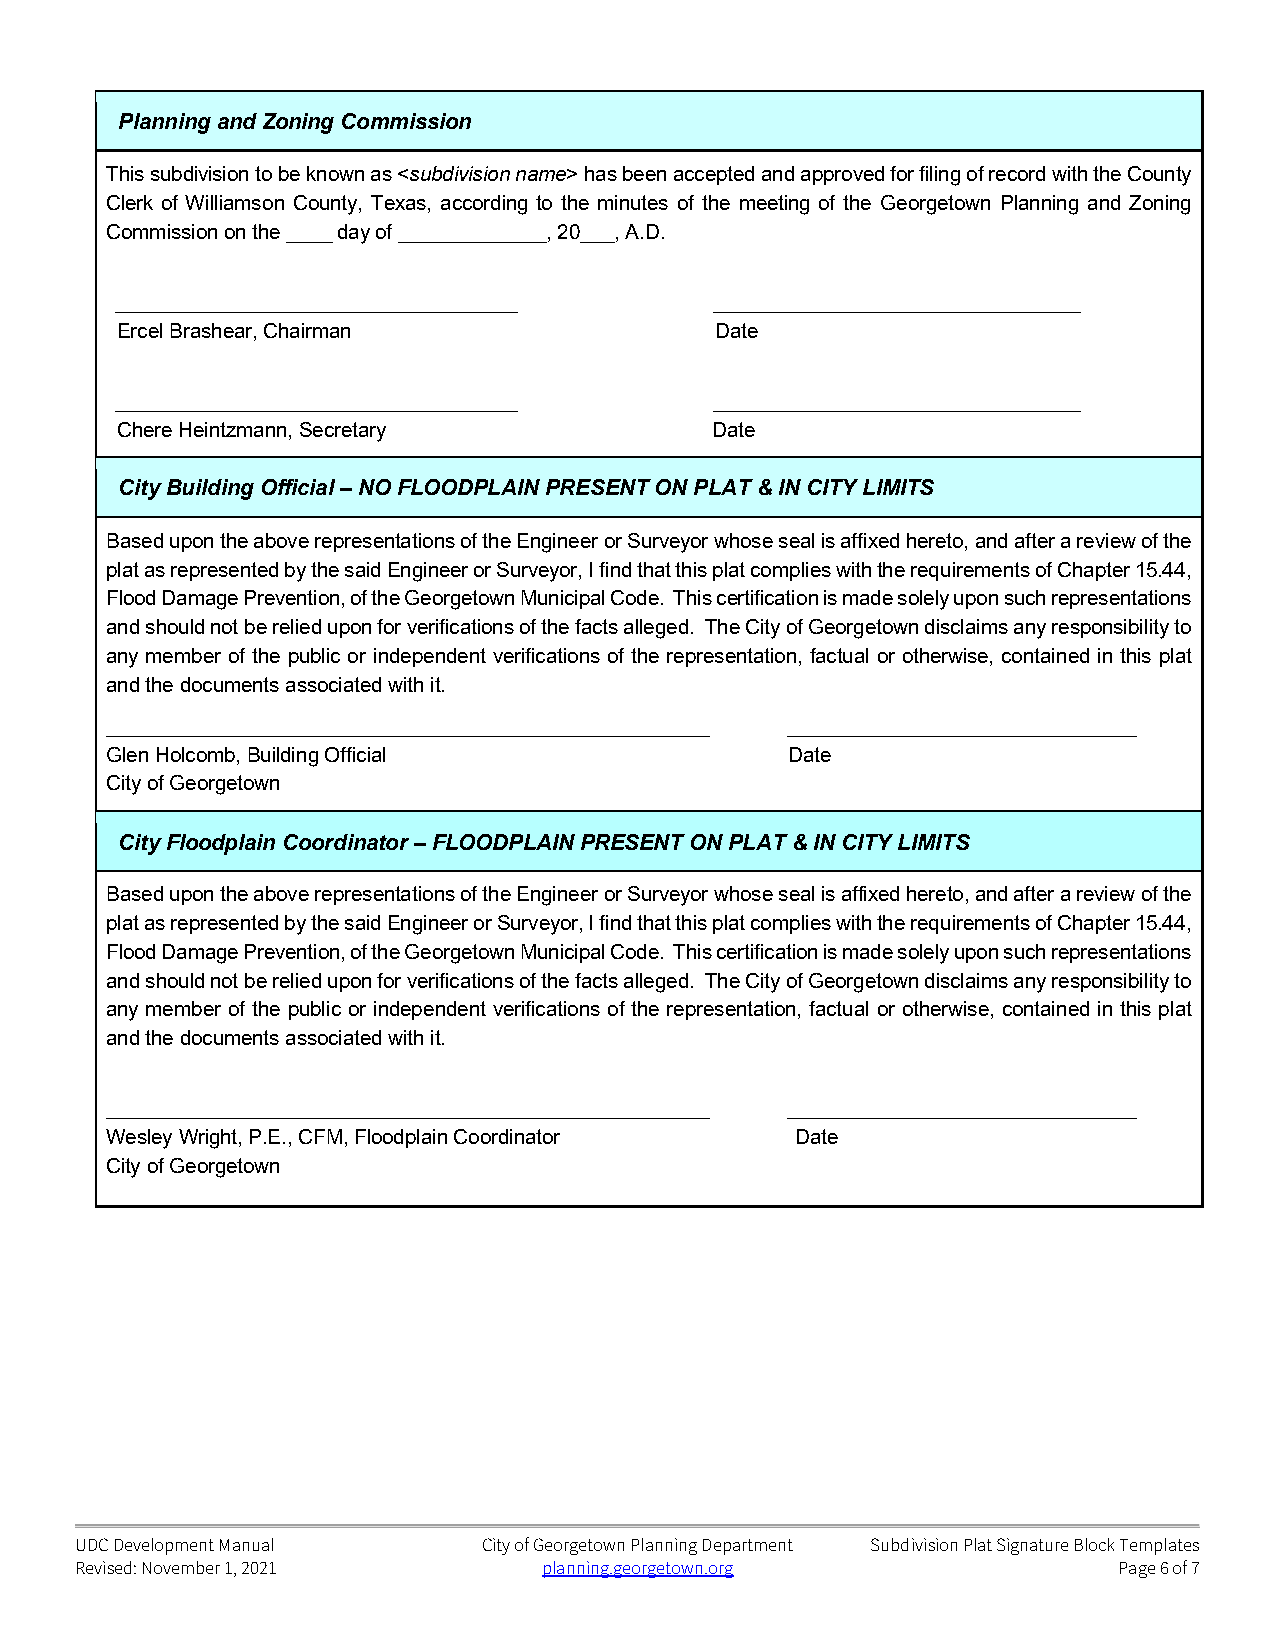
Planning and Zoning Commission
 This subdivision to be known as <subdivision name> has been accepted and approved for filing of record with the County
 Clerk of Williamson County, Texas, according to the minutes of the meeting of the Georgetown Planning and Zoning
 Commission on the ____ day of _____________, 20___, A.D.
 ___________________________________    ________________________________
 Ercel Brashear, Chairman               Date
 ___________________________________    ________________________________
 Chere Heintzmann, Secretary            Date
 City Building Official – NO FLOODPLAIN PRESENT ON PLAT & IN CITY LIMITS
 Based upon the above representations of the Engineer or Surveyor whose seal is affixed hereto, and after a review of the
 plat as represented by the said Engineer or Surveyor, I find that this plat complies with the requirements of Chapter 15.44,
 Flood Damage Prevention, of the Georgetown Municipal Code. This certification is made solely upon such representations
 and should not be relied upon for verifications of the facts alleged. The City of Georgetown disclaims any responsibility to
 any member of the public or independent verifications of the representation, factual or otherwise, contained in this plat
 and the documents associated with it.
 _____________________________________________________ _______________________________
 Glen Holcomb, Building Official              Date
 City of Georgetown
 City Floodplain Coordinator – FLOODPLAIN PRESENT ON PLAT & IN CITY LIMITS
 Based upon the above representations of the Engineer or Surveyor whose seal is affixed hereto, and after a review of the
 plat as represented by the said Engineer or Surveyor, I find that this plat complies with the requirements of Chapter 15.44,
 Flood Damage Prevention, of the Georgetown Municipal Code. This certification is made solely upon such representations
 and should not be relied upon for verifications of the facts alleged. The City of Georgetown disclaims any responsibility to
 any member of the public or independent verifications of the representation, factual or otherwise, contained in this plat
 and the documents associated with it.
 _____________________________________________________ _______________________________
 Wesley Wright, P.E., CFM, Floodplain Coordinator Date
 City of Georgetown
 UDC Development Manual     City of Georgetown Planning Department Subdivision Plat Signature Block Templates
 Revised: November 1, 2021      planning.georgetown.org               Page 6 of 7